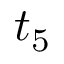
t _ { 5 }